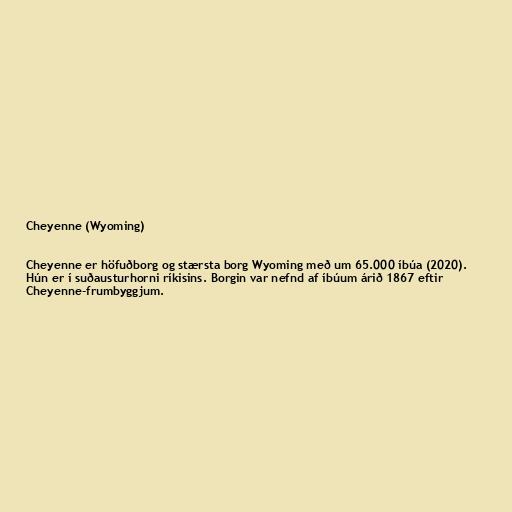
Cheyenne (Wyoming)

Cheyenne er höfuðborg og stærsta borg Wyoming með um 65.000 íbúa (2020).
Hún er í suðausturhorni ríkisins. Borgin var nefnd af íbúum árið 1867 eftir
Cheyenne-frumbyggjum.